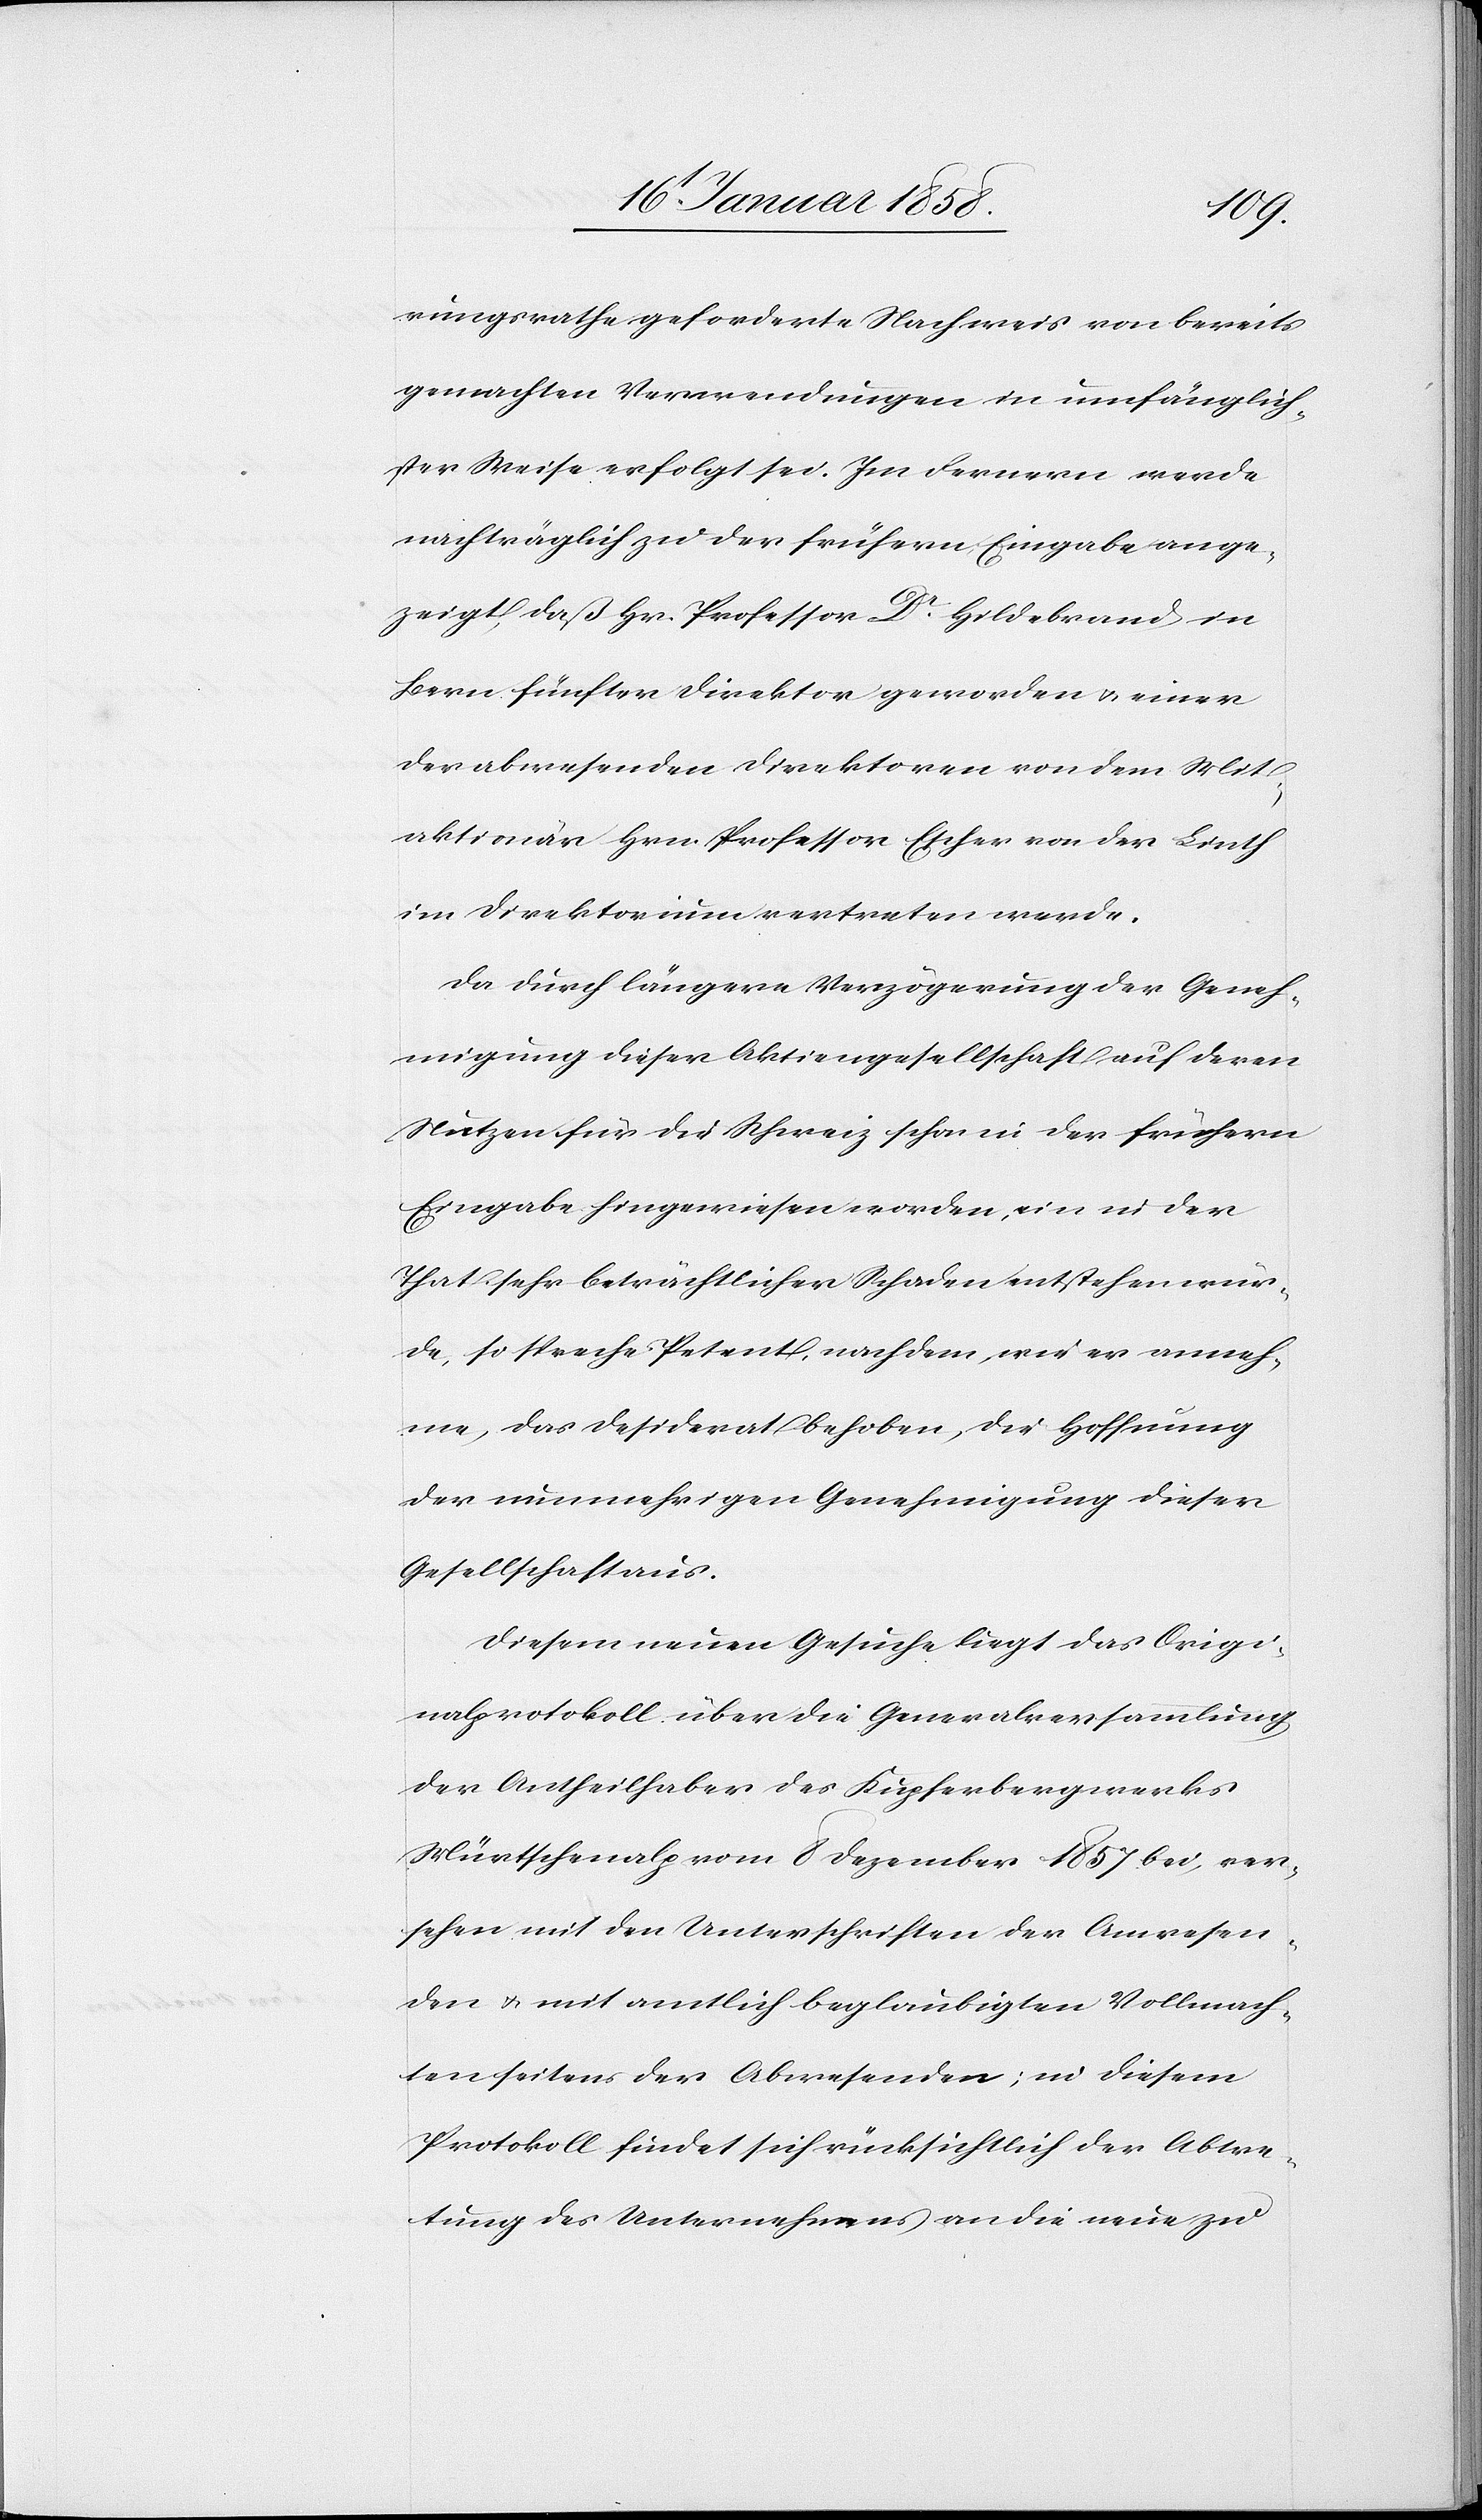
rungsrathe geforderte Nachweis von bereits
gemachten Verwendungen in umfänglich¬
ster Weise erfolgt sei. Im Fernern werde
nachträglich zu der frühern Eingabe ange¬
zeigt, daß Hr. Professor Dr Hildebrand in
Bern fünfter Direktor geworden u. einer
der abwesenden Direktoren von dem Mit¬
aktionär Hrn. Professor Escher von der Linth
im Direktorium vertreten werde.
Da durch längere Verzögerung der Geneh¬
migung dieser Aktiengesellschaft auf deren
Nutzen für die Schweiz schon in der frühern
Eingabe hingewiesen worden, ein in der
That sehr beträchtlicher Schaden entstehen wür¬
de, so spreche Petent, nachdem, wie er anneh¬
me, das Desiderat behoben, die Hoffnung
der nunmehrigen Genehmigung dieser
Gesellschaft aus.
Diesem neuen Gesuche liegt das Origi¬
nalprotokoll über die Generalversammlung
der Antheilhaber des Kupferbergwerks
Mürtschenalp vom 8 Dezember 1857 bei, ver¬
sehen mit den Unterschriften der Anwesen¬
den u. mit amtlich beglaubigten Vollmach¬
ten seitens der Abwesenden; in diesem
Protokoll findet sich rücksichtlich der Abtre¬
tung des Unternehmens an die neue zu